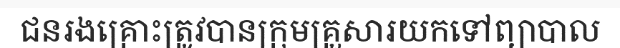
ជនរងគ្រោះត្រូវបានក្រុមគ្រួសារយកទៅព្យាបាល